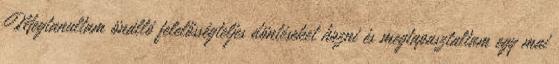
Megtanultam önálló felelősségteljes döntéseket hozni és megtapasztaltam egy mai